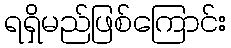
ရရှိမည်ဖြစ်ကြောင်း